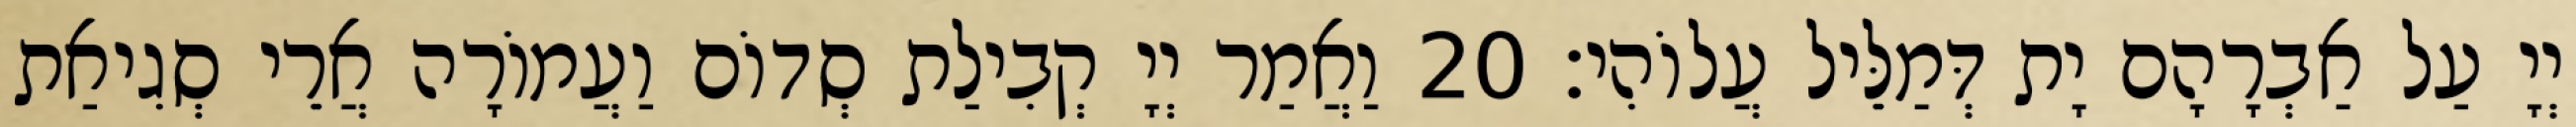
יְיָ עַל אַבְרָהָם יָת דְּמַלֵּיל עֲלוֹהִי׃ 20 וַאֲמַר יְיָ קְבִילַת סְדוֹם וַעֲמוֹרָה אֲרֵי סְגִיאַת